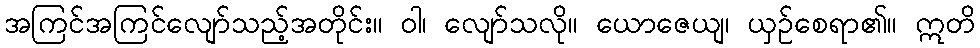
အကြင်အကြင်လျော်သည့်အတိုင်း။ ဝါ၊ လျော်သလို။ ယောဇေယျ၊ ယှဉ်စေရာ၏။ ဣတိ